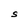
Character: S